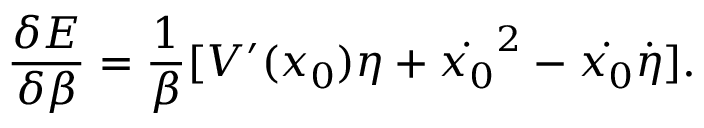
\frac { \delta E } { \delta \beta } = \frac { 1 } { \beta } [ V ^ { \prime } ( x _ { 0 } ) \eta + \dot { x _ { 0 } } ^ { 2 } - \dot { x _ { 0 } } \dot { \eta } ] .